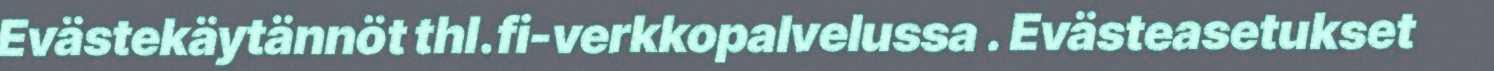
Evästekäytännöt thl.fi-verkkopalvelussa . Evästeasetukset